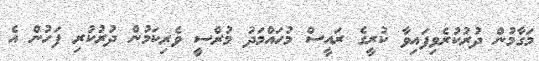
މަގާމުން ދުރުކުރެވިފައިވާ ކުރީގެ ރައީސް މުހައްމަދު މުރްސީ ވެރިކަމުން ދުރުކުރި ފަހުން އެ